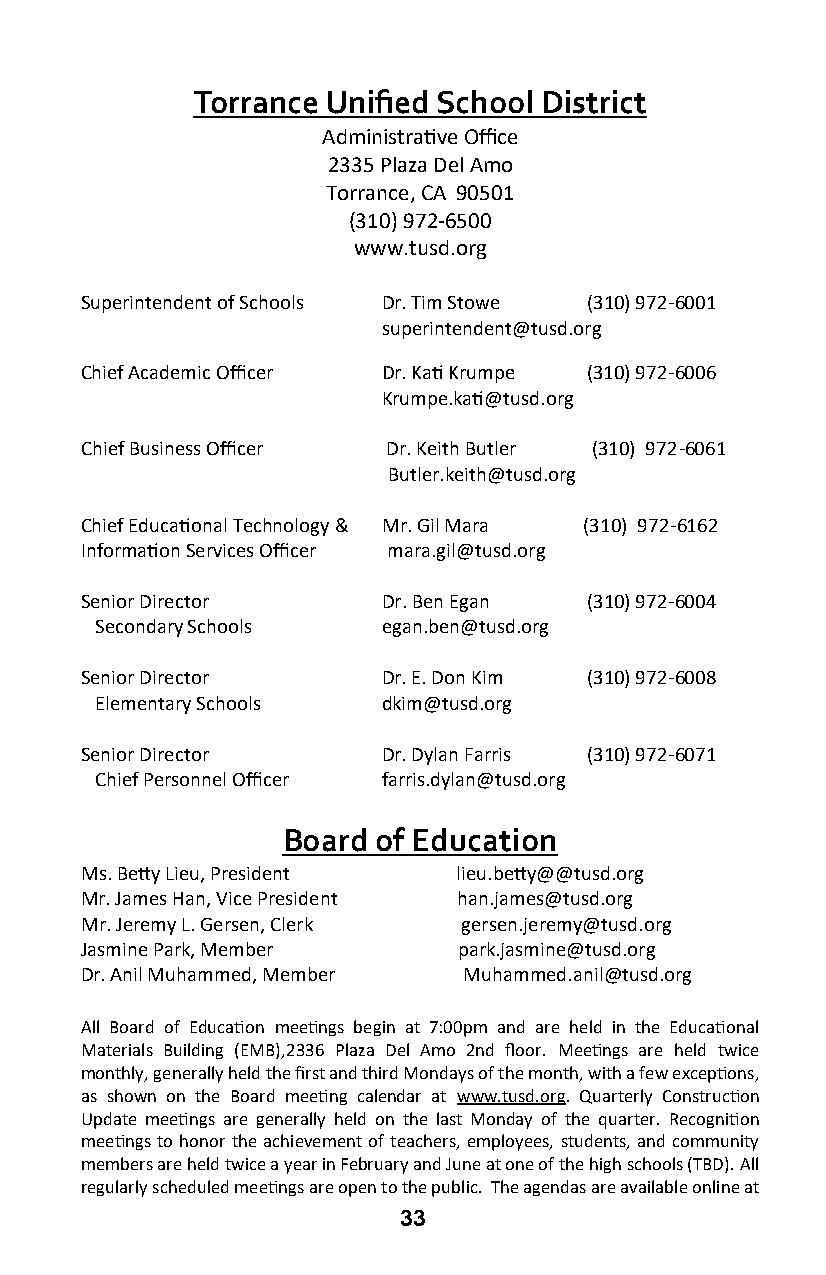
Torrance Unified School District
 Administrative Office
 2335 Plaza Del Amo
 Torrance, CA 90501
 (310) 972-6500
 www.tusd.org
 Superintendent of Schools Dr. Tim Stowe (310) 972-6001
 superintendent@tusd.org
 Chief Academic Officer Dr. Kati Krumpe (310) 972-6006
 Krumpe.kati@tusd.org
 Chief Business Officer Dr. Keith Butler (310) 972-6061
 Butler.keith@tusd.org
 Chief Educational Technology & Mr. Gil Mara (310) 972-6162
 Information Services Officer mara.gil@tusd.org
 Senior Director     Dr. Ben Egan  (310) 972-6004
 Secondary Schools  egan.ben@tusd.org
 Senior Director     Dr. E. Don Kim (310) 972-6008
 Elementary Schools dkim@tusd.org
 Senior Director     Dr. Dylan Farris (310) 972-6071
 Chief Personnel Officer farris.dylan@tusd.org
 Board of Education
 Ms. Betty Lieu, President lieu.betty@@tusd.org
 Mr. James Han, Vice President han.james@tusd.org
 Mr. Jeremy L. Gersen, Clerk gersen.jeremy@tusd.org
 Jasmine Park, Member     park.jasmine@tusd.org
 Dr. Anil Muhammed, Member Muhammed.anil@tusd.org
 All Board of Education meetings begin at 7:00pm and are held in the Educational
 Materials Building (EMB),2336 Plaza Del Amo 2nd floor. Meetings are held twice
 monthly, generally held the first and third Mondays of the month, with a few exceptions,
 as shown on the Board meeting calendar at www.tusd.org. Quarterly Construction
 Update meetings are generally held on the last Monday of the quarter. Recognition
 meetings to honor the achievement of teachers, employees, students, and community
 members are held twice a year in February and June at one of the high schools (TBD). All
 regularly scheduled meetings are open to the public. The agendas are available online at
 33